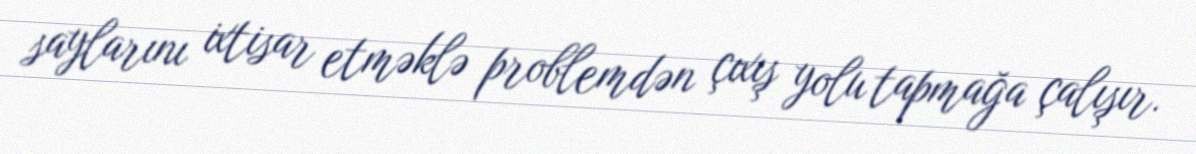
saylarını ixtisar etməklə problemdən çıxış yolu tapmağa çalışır.